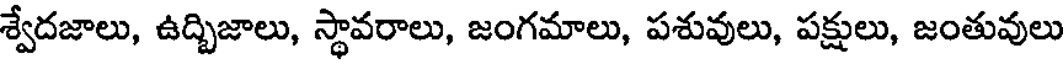
శ్వేదజాలు, ఉద్చిజాలు, స్థావరాలు, జంగమాలు, పశువులు, పక్షులు, జంతువులు